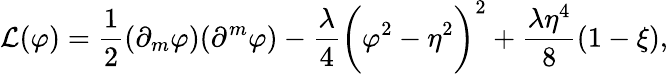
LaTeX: {\cal L}(\varphi)=\frac{1}{2}(\partial_{m}\varphi)(\partial^{m}\varphi)-\frac{\lambda}{4}\biggl(\varphi^{2}-\eta^{2}\biggr)^{2}+\frac{\lambda\eta^{4}}{8}(1-\xi),